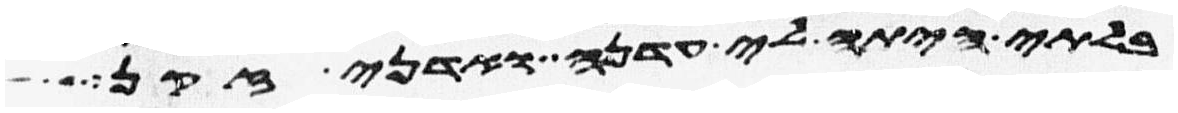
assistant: בלתי היתה לי עדנה ואדני זקן